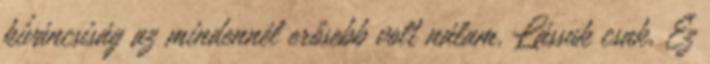
kíváncsiság az mindennél erősebb volt nálam. Lássuk csak. Ez